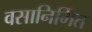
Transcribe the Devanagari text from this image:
वसानिर्मित